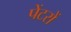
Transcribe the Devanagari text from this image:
पेंटरों